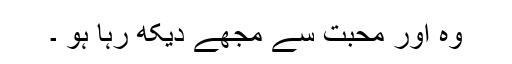
وہ اور محبت سے مجھے دیکھ رہا ہو ۔